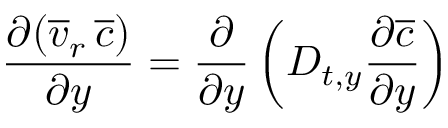
\frac { \partial ( \overline { { v } } _ { r } \, \overline { { c } } ) } { \partial y } = \frac { \partial } { \partial y } \left( D _ { t , y } \frac { \partial \overline { { c } } } { \partial y } \right)